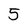
Character: 5